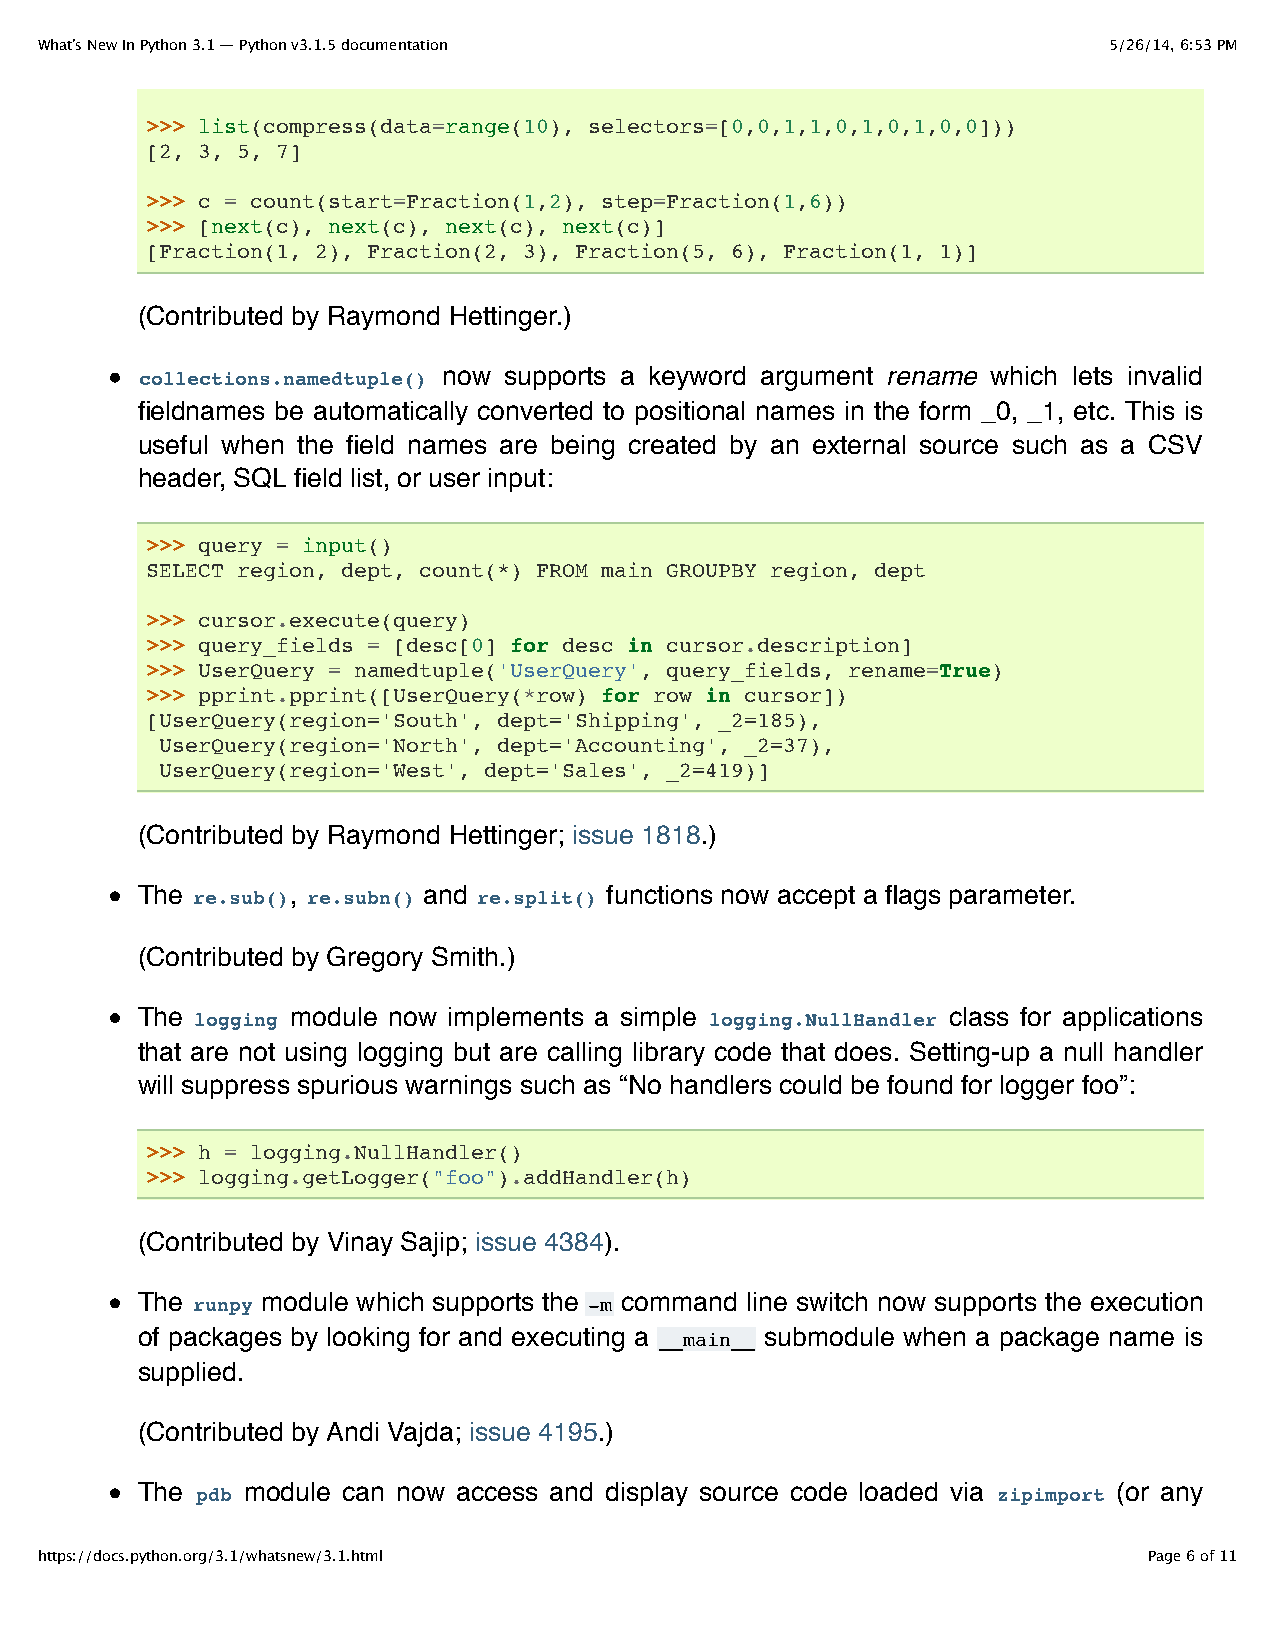
What’s New In Python 3.1 — Python v3.1.5 documentation                 5/26/14, 6:53 PM
 >>> list(compress(data=range(10), selectors=[0,0,1,1,0,1,0,1,0,0]))
 [2, 3, 5, 7]
 >>> c = count(start=Fraction(1,2), step=Fraction(1,6))
 >>> [next(c), next(c), next(c), next(c)]
 [Fraction(1, 2), Fraction(2, 3), Fraction(5, 6), Fraction(1, 1)]
 (Contributed by Raymond Hettinger.)
 collections.namedtuple() now supports a keyword argument rename which lets invalid
 fieldnames be automatically converted to positional names in the form _0, _1, etc. This is
 useful when the field names are being created by an external source such as a CSV
 header, SQL field list, or user input:
 >>> query = input()
 SELECT region, dept, count(*) FROM main GROUPBY region, dept
 >>> cursor.execute(query)
 >>> query_fields = [desc[0] for desc in cursor.description]
 >>> UserQuery = namedtuple('UserQuery', query_fields, rename=True)
 >>> pprint.pprint([UserQuery(*row) for row in cursor])
 [UserQuery(region='South', dept='Shipping', _2=185),
 UserQuery(region='North', dept='Accounting', _2=37),
 UserQuery(region='West', dept='Sales', _2=419)]
 (Contributed by Raymond Hettinger; issue 1818.)
 The re.sub(), re.subn() and re.split() functions now accept a flags parameter.
 (Contributed by Gregory Smith.)
 The logging module now implements a simple logging.NullHandler class for applications
 that are not using logging but are calling library code that does. Setting-up a null handler
 will suppress spurious warnings such as “No handlers could be found for logger foo”:
 >>> h = logging.NullHandler()
 >>> logging.getLogger("foo").addHandler(h)
 (Contributed by Vinay Sajip; issue 4384).
 The runpy module which supports the -m command line switch now supports the execution
 of packages by looking for and executing a __main__ submodule when a package name is
 supplied.
 (Contributed by Andi Vajda; issue 4195.)
 The pdb module can now access and display source code loaded via zipimport (or any
 https://docs.python.org/3.1/whatsnew/3.1.html                             Page 6 of 11